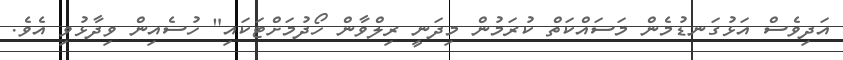
އަދިވެސް އަޅުގަނޑުމެން މަސައްކަތް ކުރަމުން މިދަނީ ރިލްވާން ހޯދުމަށްޓަކައި" ހުސެއިން ވިދާޅުވި އެވެ.